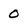
Character: 0